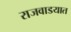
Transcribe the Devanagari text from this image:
राजवाडयात